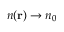
n ( \mathbf { r } ) \to n _ { 0 }